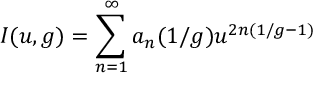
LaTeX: { \cal I } ( u , g ) = \sum _ { n = 1 } ^ { \infty } a _ { n } ( 1 / g ) u ^ { 2 n ( 1 / g - 1 ) }